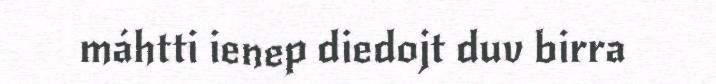
máhtti ienep diedojt duv birra